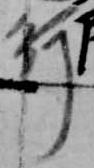
行